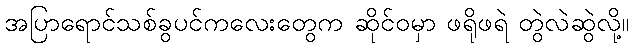
အပြာရောင်သစ်ခွပင်ကလေးတွေက ဆိုင်ဝမှာ ဖရိုဖရဲ တွဲလဲဆွဲလို့။